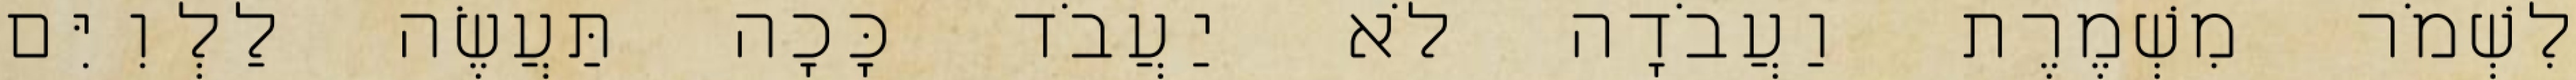
לִשְׁמֹר מִשְׁמֶרֶת וַעֲבֹדָה לֹא יַעֲבֹד כָּכָה תַּעֲשֶׂה לַלְוִיִּם